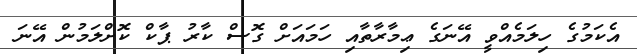
އެކަމުގެ ހިލަމެއްވީ އޭނަގެ ޢިމާރާތާއި ހަމައަށް ގޮސް ކާރު ޕާކް ކޮށްލަމުން އޭނަ